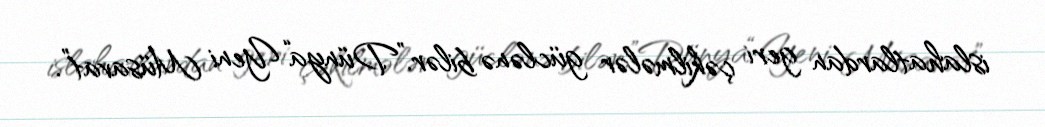
islahatlardan geri çəkilmələr güclənə bilər.”Dünya“Yeni Müsavat”.